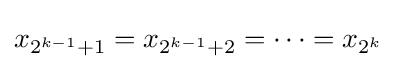
x_{2^{k-1}+1}=x_{2^{k-1}+2}=\cdots =x_{2^{k}}